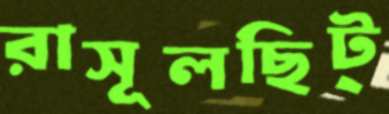
রাসূলছিট্